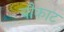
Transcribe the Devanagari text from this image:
चौकाट